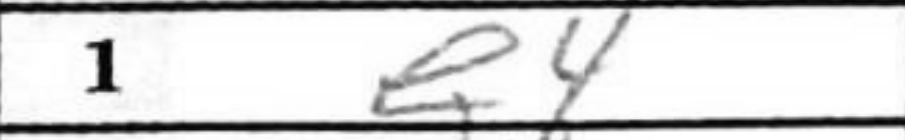
Transcription: e4